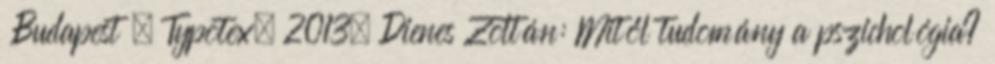
Budapest , Typotex, 2013. Dienes Zoltán: Mitől tudomány a pszichológia?